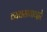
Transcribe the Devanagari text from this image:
व्यवसायाव्दारे